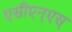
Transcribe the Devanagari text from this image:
एसीएन्एस्